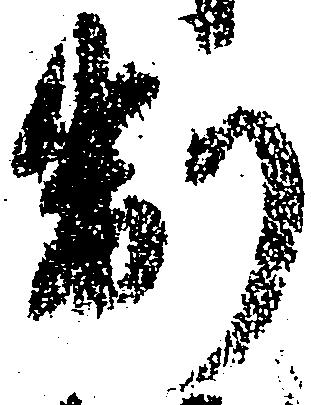
制